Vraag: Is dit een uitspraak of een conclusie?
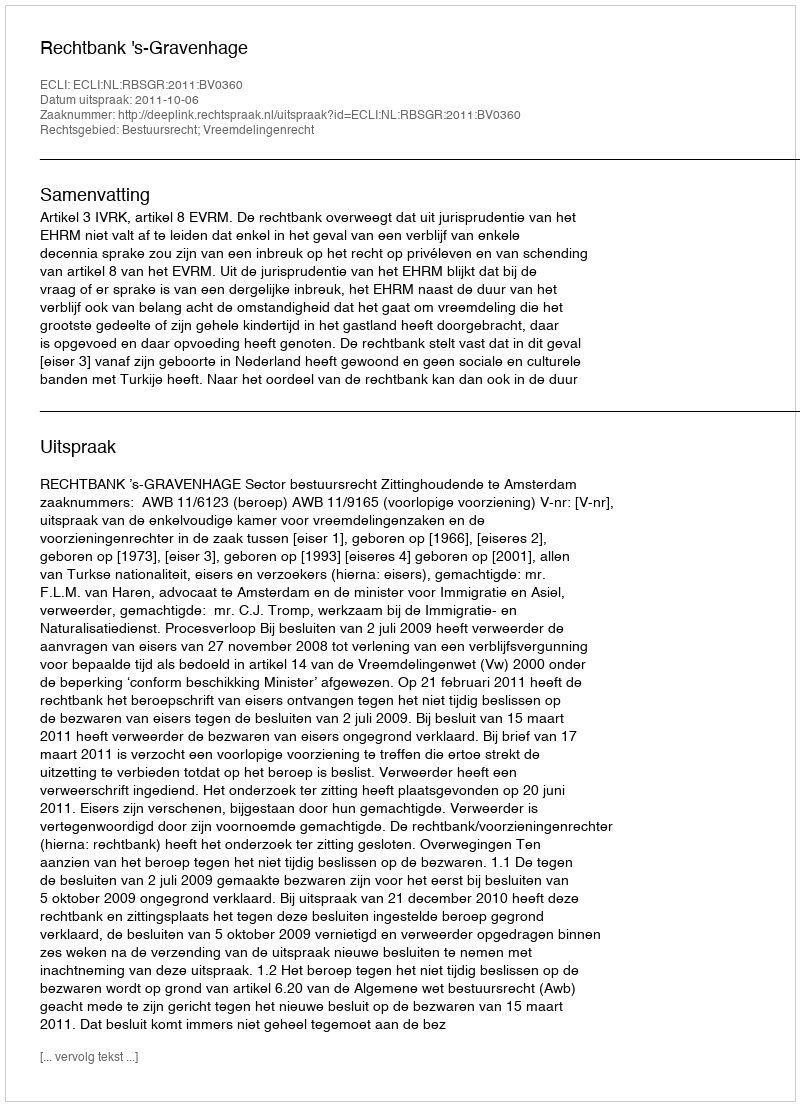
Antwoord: Uitspraak